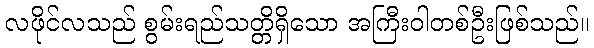
လဖိုင်လသည် စွမ်းရည်သတ္တိရှိသော အကြီးဝါတစ်ဦးဖြစ်သည်။